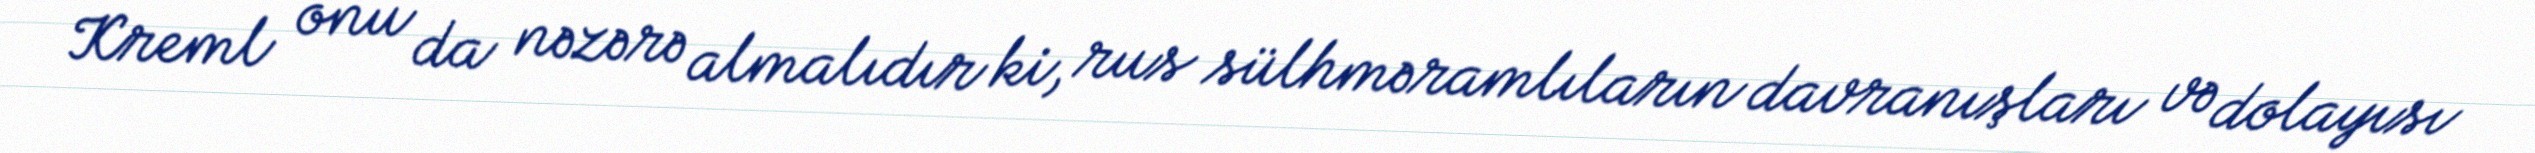
Kreml onu da nəzərə almalıdır ki, rus sülhməramlıların davranışları və dolayısı